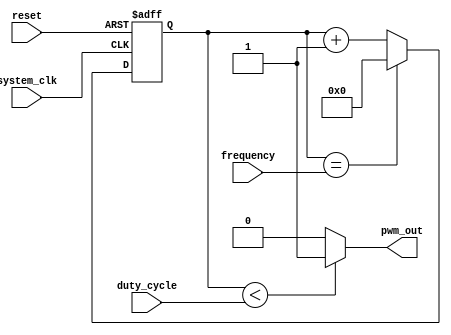
module pwm_timer (
    input wire system_clk,
    input wire reset,
    input wire [7:0] duty_cycle,
    input wire [15:0] frequency,
    output wire pwm_out
);

reg [15:0] counter;
reg pwm_logic;

always @(posedge system_clk or posedge reset) begin
    if (reset) begin
        counter <= 16'd0;
        pwm_logic <= 1'b0;
    end else begin
        if (counter == frequency) begin
            counter <= 16'd0;
            pwm_logic <= ~pwm_logic;
        end else begin
            counter <= counter + 1;
        end
    end
end

assign pwm_out = (counter < duty_cycle) ? 1'b1 : 1'b0;

endmodule